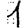
Digit: 1